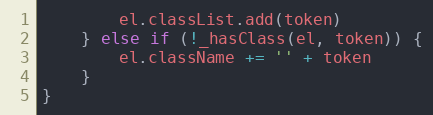
Language: JavaScript
		el.classList.add(token)
	} else if (!_hasClass(el, token)) {
		el.className += '' + token
	}
}